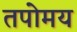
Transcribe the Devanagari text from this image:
तपोमय